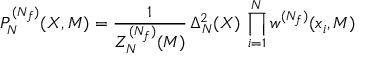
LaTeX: P _ { N } ^ { ( N _ { f } ) } ( X , M ) = \frac { 1 } { Z _ { N } ^ { ( N _ { f } ) } ( M ) } \, \Delta _ { N } ^ { 2 } ( X ) \, \prod _ { i = 1 } ^ { N } w ^ { ( N _ { f } ) } ( x _ { i } , M )